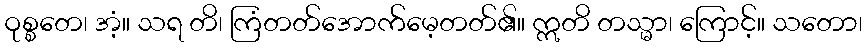
ဝုစ္စတေ၊ အံ့။ သရ တိ၊ ကြံတတ်အောက်မေ့တတ်၏။ ဣတိ တသ္မာ၊ ကြောင့်။ သတော၊